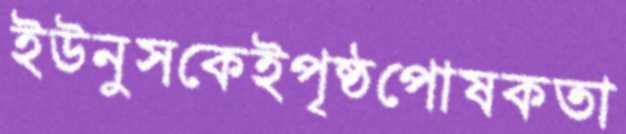
ইউনুসকেইপৃষ্ঠপোষকতা